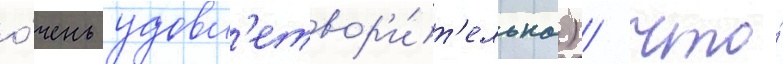
о́чень удовл'етвор'и́т'ельна) / что́